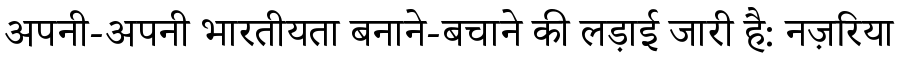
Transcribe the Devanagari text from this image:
अपनी-अपनी भारतीयता बनाने-बचाने की लड़ाई जारी है: नज़रिया